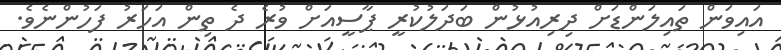
އައިވަން ތައިލަންޑަށް ދިރިއުޅުން ބަދަލުކުރީ ޕާސީއަށް ވުރެ ދެ ތިން އަހަރު ފަހުންނެވެ.